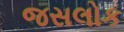
જસલોક